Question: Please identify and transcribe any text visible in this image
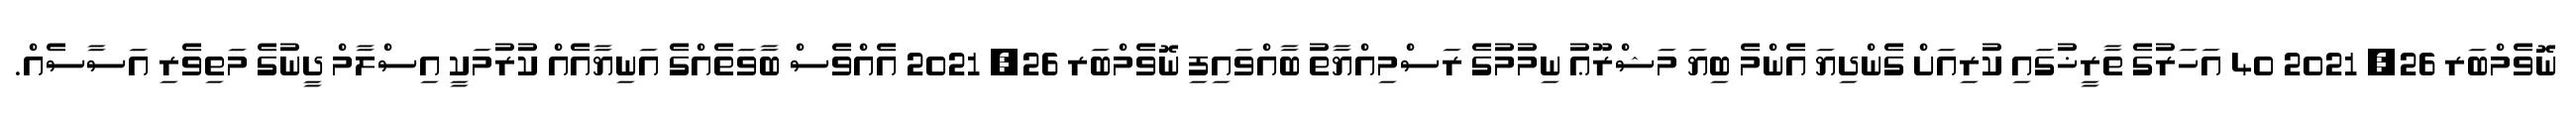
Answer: ނޮވެމްބަރ 26, 2021 40 އަހަރުގެ ތާރީޚުގައި ކުރިއަށް ގެންދިޔަ އެންމެ ބިޔަ މަޝްރޫޢު ނިމުމުގެ ރަސްމިއްޔާތު ބާއްވައިފި ނޮވެމްބަރ 26, 2021 އެއްވެސް ބާވަތެއްގެ އަނިޔާއެއް ކުރުމަކީ އިސްލާމް ދީނުގެ މަތިވެރި އަސާސެއް.